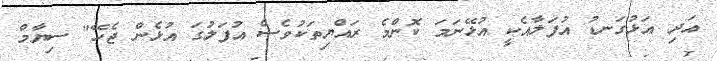
އަދި އަޅުގަނޑު އުފަލާއެކީ އުޅޭނަމަ ކޮންމެ ރައްޔިތަކުވެސް އުފަލުގަ އުޅެން ޖެހޭ" ސިޔާމް